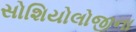
સોશિયોલોજીના